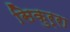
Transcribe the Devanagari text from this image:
सिकुर्रा